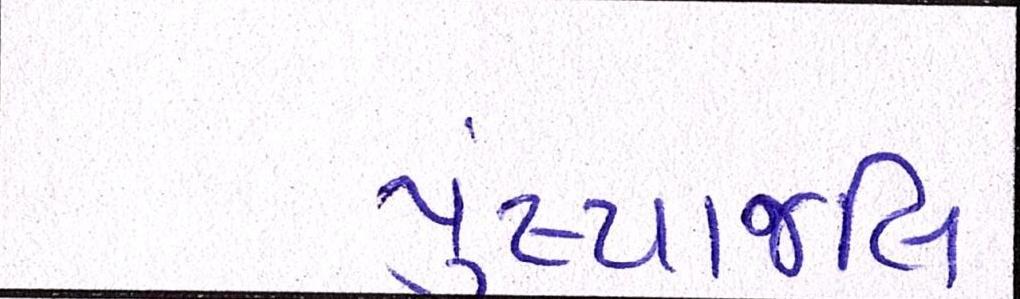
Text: પુંષ્પાજલિ